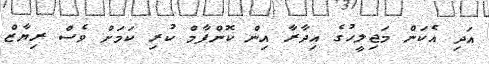
އަދި އެކަން މަޖިލީހުގެ އިދާރާ އިން ކޮންފާމް ކުރި ކަމަށް ވެސް ރިޔާޒް